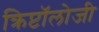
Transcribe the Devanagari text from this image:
क्रिप्टॉलोजी